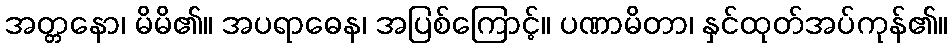
အတ္တနော၊ မိမိ၏။ အပရာဓေန၊ အပြစ်ကြောင့်။ ပဏာမိတာ၊ နှင်ထုတ်အပ်ကုန်၏။